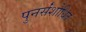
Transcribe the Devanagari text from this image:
पुनर्संशोधित